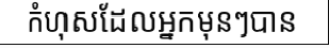
កំហុសដែលអ្នកមុនៗបាន